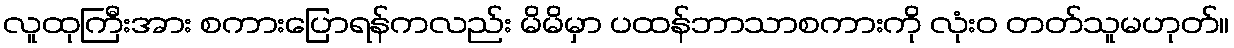
လူထုကြီးအား စကားပြောရန်ကလည်း မိမိမှာ ပထန်ဘာသာစကားကို လုံးဝ တတ်သူမဟုတ်။